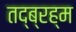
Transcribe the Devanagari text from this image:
तद्ब्रह्म